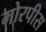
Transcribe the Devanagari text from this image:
मोरपीस